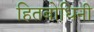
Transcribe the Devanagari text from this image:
हितबोधिनी